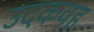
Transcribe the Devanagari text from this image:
उदकवह